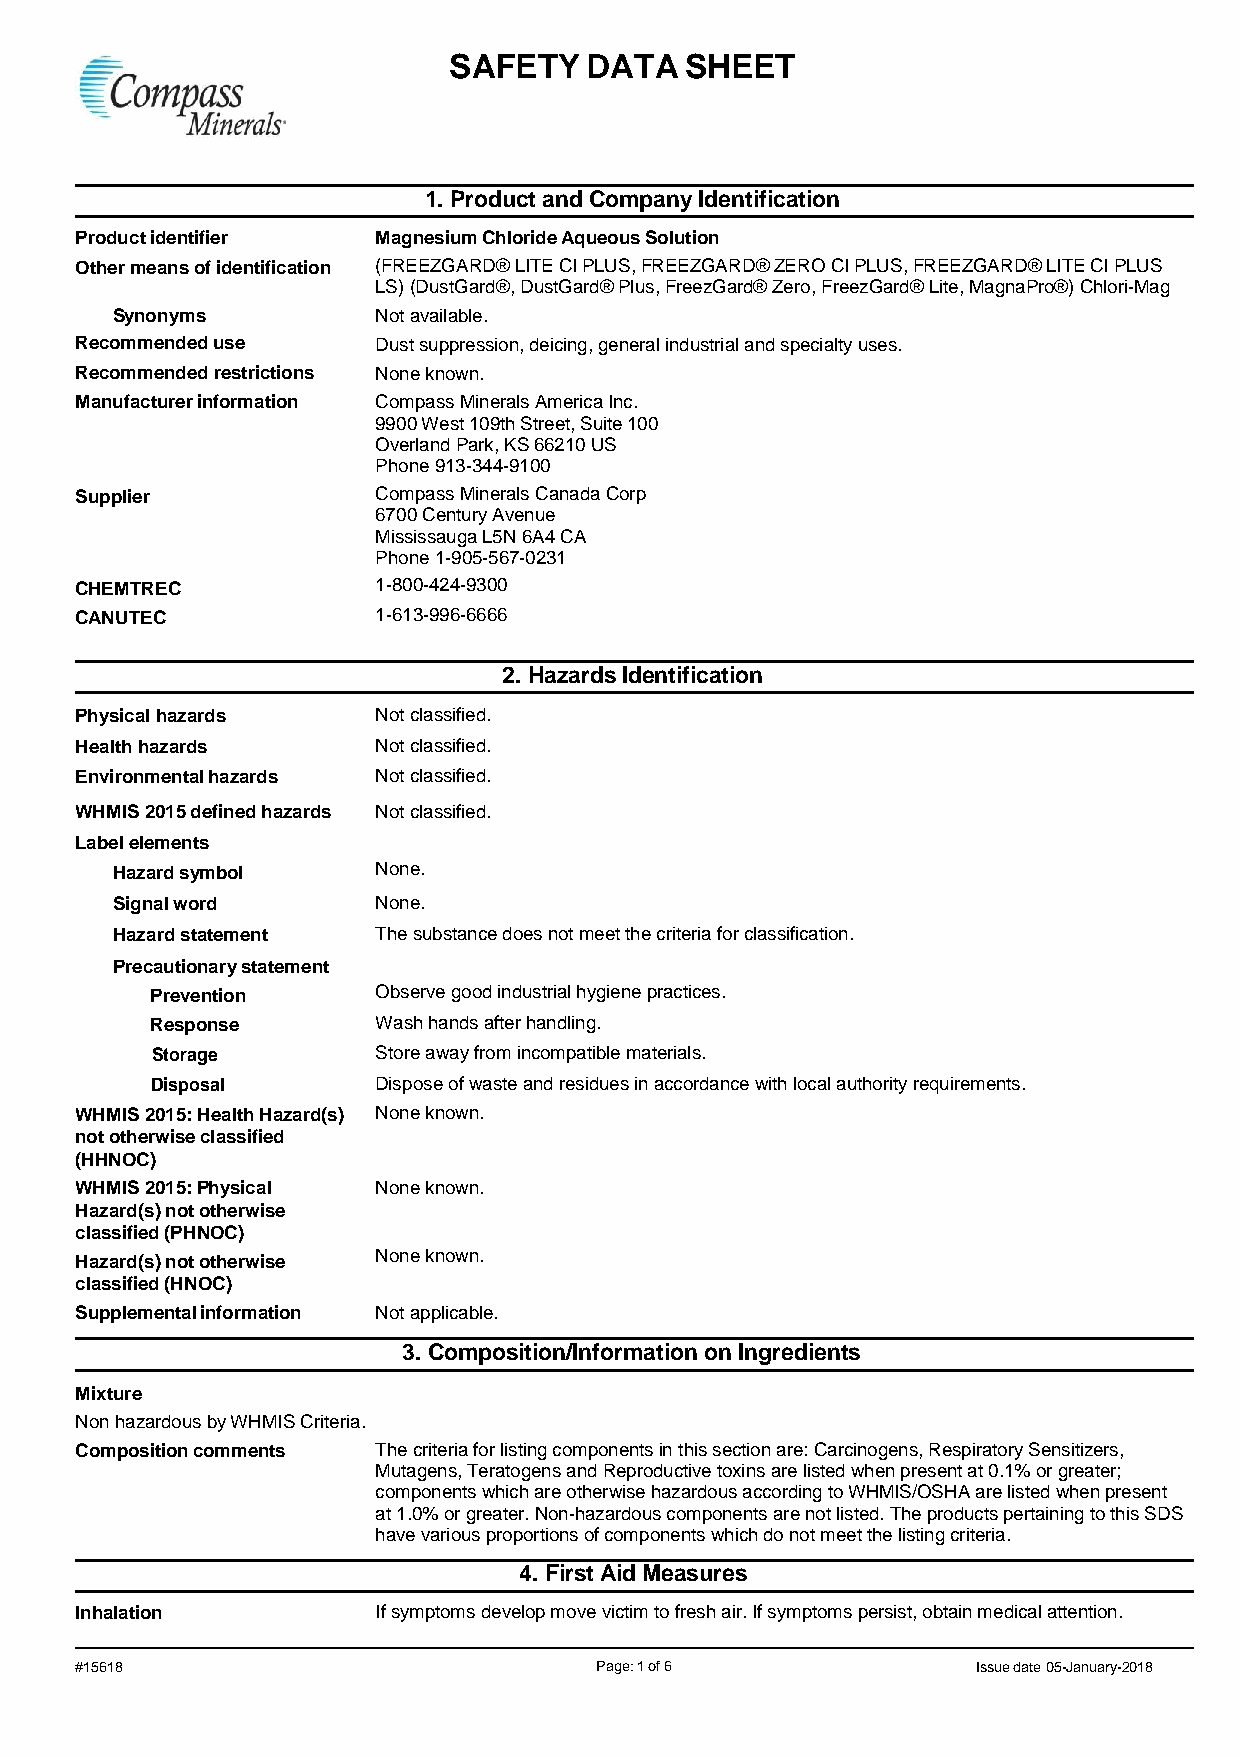
SAFETY   DATA  SHEET
 1. Product and Company Identification
 Product identifier  Magnesium Chloride Aqueous Solution
 Other means of identification (FREEZGARD® LITE CI PLUS, FREEZGARD® ZERO CI PLUS, FREEZGARD® LITE CI PLUS
 LS) (DustGard®, DustGard® Plus, FreezGard® Zero, FreezGard® Lite, MagnaPro®) Chlori-Mag
 Synonyms          Not available.
 Recommended use     Dust suppression, deicing, general industrial and specialty uses.
 Recommended restrictions None known.
 Manufacturer information Compass Minerals America Inc.
 9900 West 109th Street, Suite 100
 Overland Park, KS 66210 US
 Phone 913-344-9100
 Supplier            Compass Minerals Canada Corp
 6700 Century Avenue
 Mississauga L5N 6A4 CA
 Phone 1-905-567-0231
 CHEMTREC            1-800-424-9300
 CANUTEC             1-613-996-6666
 2. Hazards Identification
 Physical hazards    Not classified.
 Health hazards      Not classified.
 Environmental hazards Not classified.
 WHMIS 2015 defined hazards Not classified.
 Label elements
 Hazard symbol     None.
 Signal word       None.
 Hazard statement  The substance does not meet the criteria for classification.
 Precautionary statement
 Prevention     Observe good industrial hygiene practices.
 Response       Wash hands after handling.
 Storage        Store away from incompatible materials.
 Disposal       Dispose of waste and residues in accordance with local authority requirements.
 WHMIS 2015: Health Hazard(s) None known.
 not otherwise classified
 (HHNOC)
 WHMIS 2015: Physical None known.
 Hazard(s) not otherwise
 classified (PHNOC)
 Hazard(s) not otherwise None known.
 classified (HNOC)
 Supplemental information Not applicable.
 3. Composition/Information on Ingredients
 Mixture
 Non hazardous by WHMIS Criteria.
 Composition comments The criteria for listing components in this section are: Carcinogens, Respiratory Sensitizers,
 Mutagens, Teratogens and Reproductive toxins are listed when present at 0.1% or greater;
 components which are otherwise hazardous according to WHMIS/OSHA are listed when present
 at 1.0% or greater. Non-hazardous components are not listed. The products pertaining to this SDS
 have various proportions of components which do not meet the listing criteria.
 4. First Aid Measures
 Inhalation          If symptoms develop move victim to fresh air. If symptoms persist, obtain medical attention.
 #15618                            Page: 1 of 6              Issue date 05-January-2018